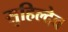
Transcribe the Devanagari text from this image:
सुहिल्देव